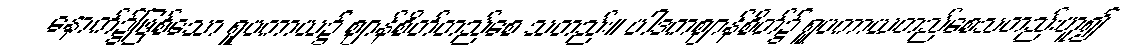
နောက်၌ဖြစ်သော ရူပကာယ၌ ဈာန်စိတ်တည်စေ သတည်း။ ပါဒကဈာန်စိတ်၌ ရူပကာယတည်စေသတည်းဟူ၍